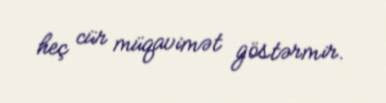
heç cür müqavimət göstərmir.